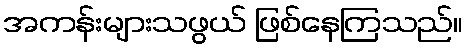
အကန်းများသဖွယ် ဖြစ်နေကြသည်။